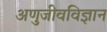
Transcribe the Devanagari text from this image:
अणुजीवविज्ञान